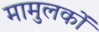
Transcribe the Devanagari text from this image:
मामुलकों